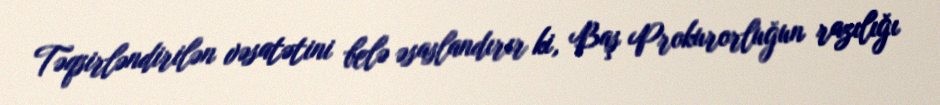
Təqsirləndirilən vəsatətini belə əsaslandırır ki, Baş Prokurorluğun razılığı